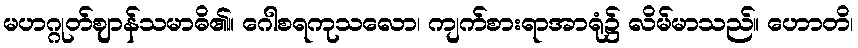
မဟဂ္ဂုတ်ဈာန်သမာဓိ၏။ ဂေါစရကုသလော၊ ကျက်စားရာအာရုံ၌ လိမ်မာသည်။ ဟောတိ၊